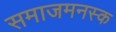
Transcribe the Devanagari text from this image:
समाजमनस्क